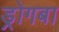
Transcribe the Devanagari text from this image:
ड्रोगबा